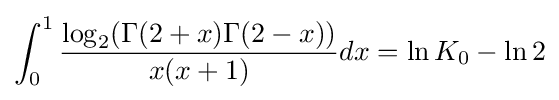
\int _{0}^{1}{\frac {\log _{2}(\Gamma (2+x)\Gamma (2-x))}{x(x+1)}}dx=\ln K_{0}-\ln 2